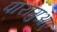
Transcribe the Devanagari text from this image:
पारागुआए